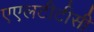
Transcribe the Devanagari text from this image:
एएलटीटीसी